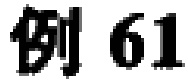
例 61